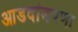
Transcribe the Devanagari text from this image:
आडदांडपणा